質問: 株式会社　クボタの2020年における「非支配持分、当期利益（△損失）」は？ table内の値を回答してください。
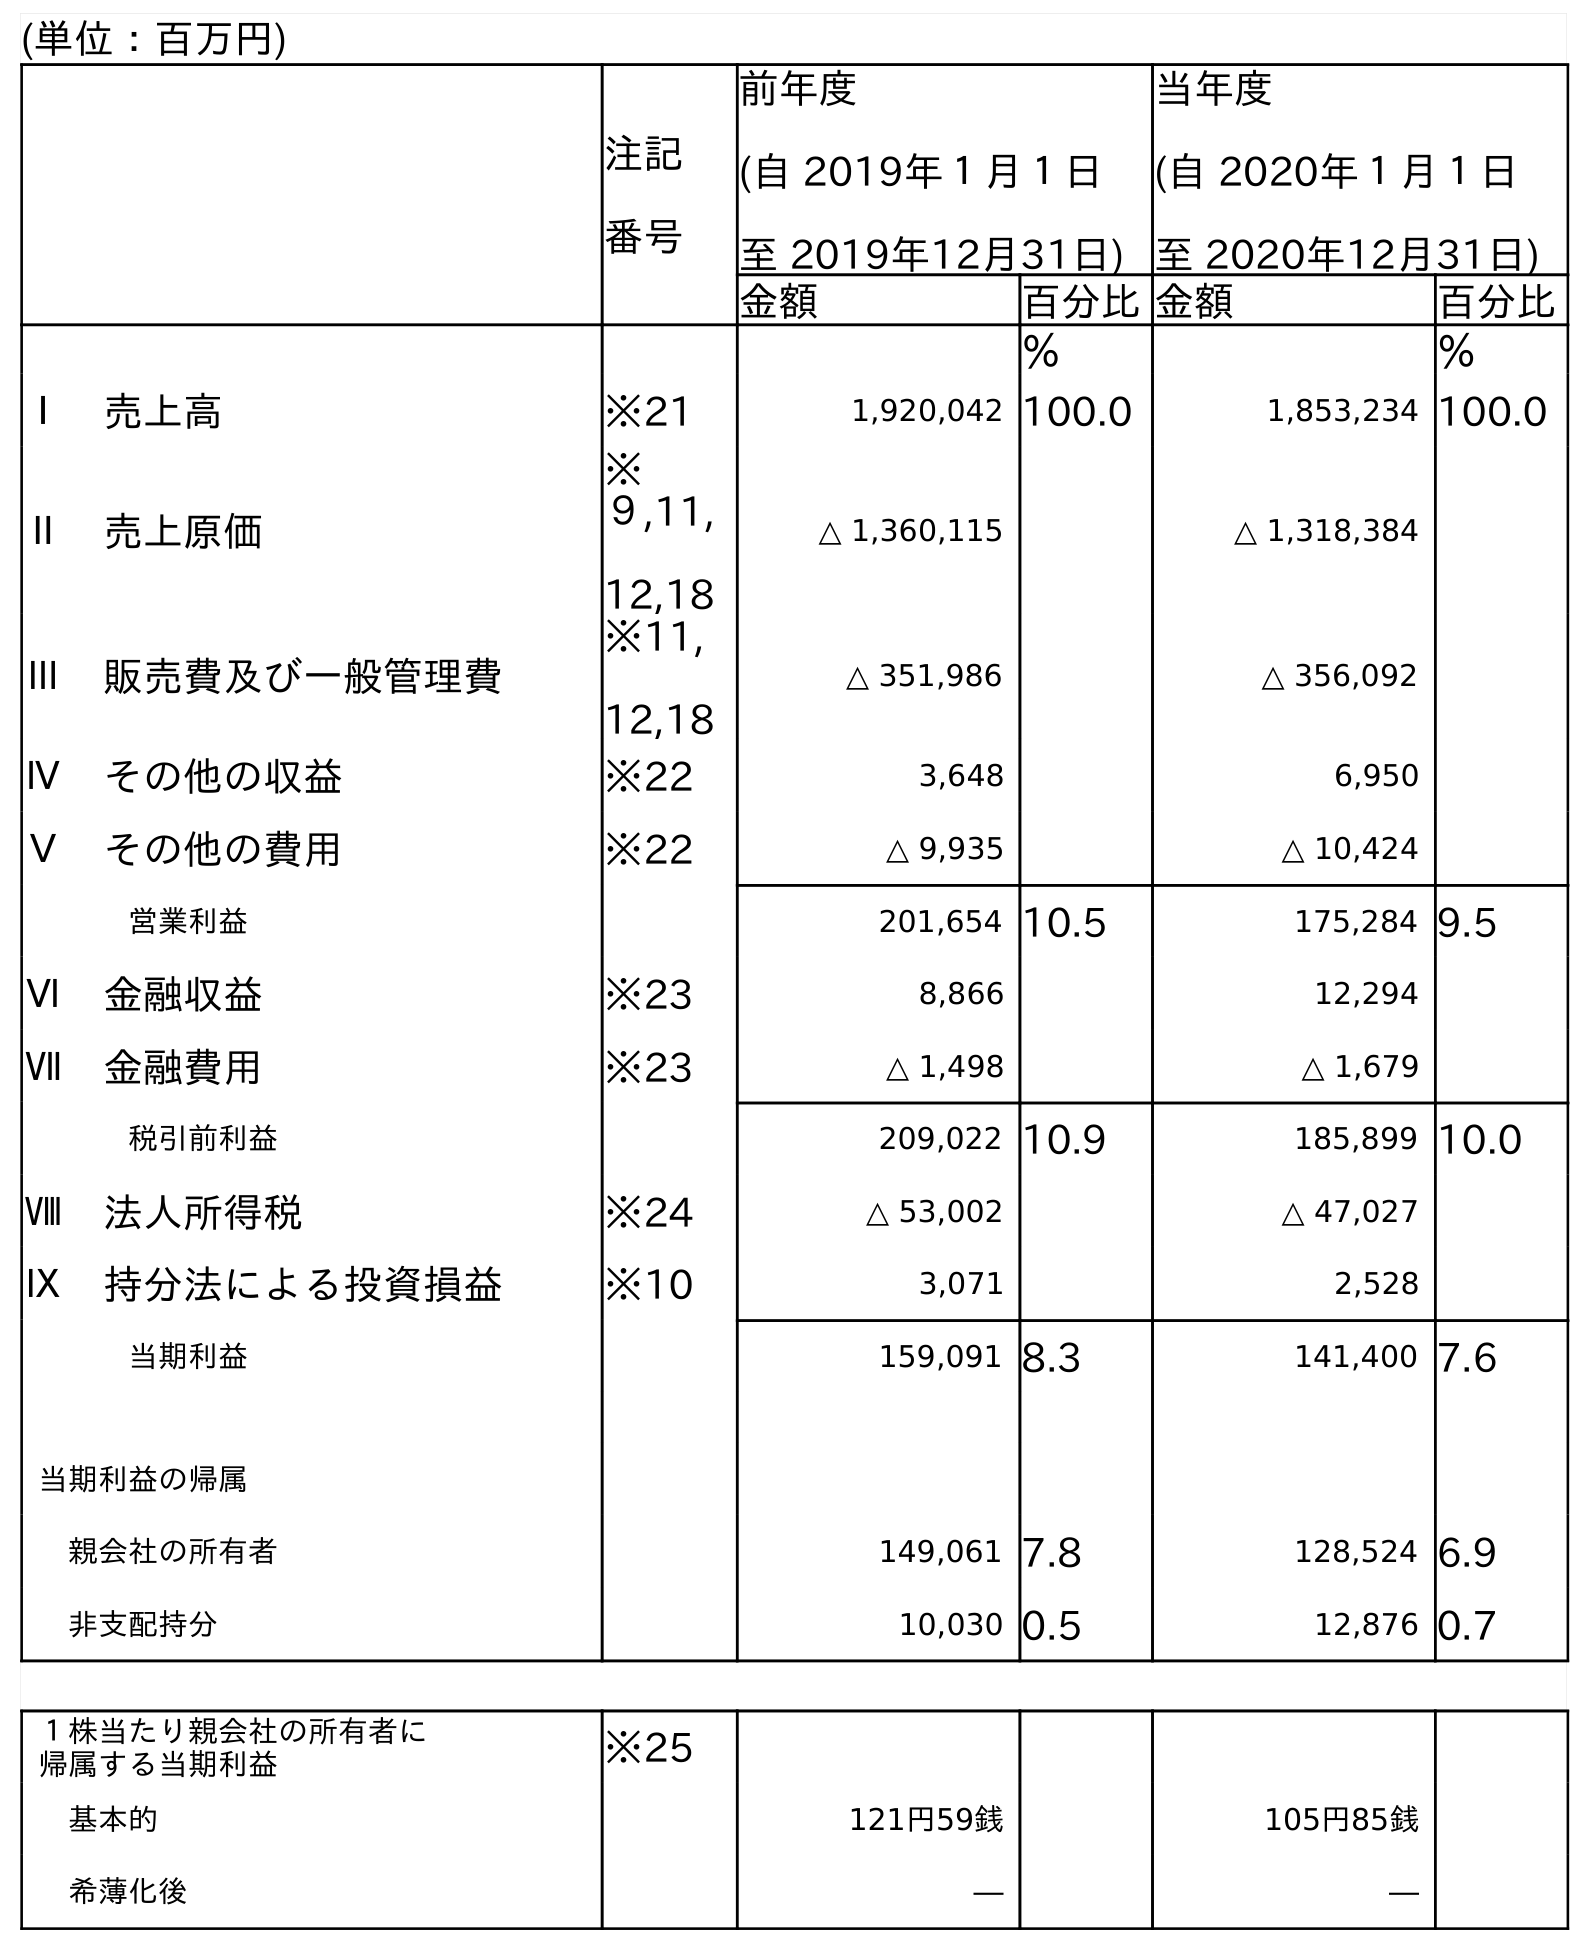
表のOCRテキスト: (単位：百万円) 注記 番号 前年度 (自 2019年１月１日 至 2019年12月31日) 当年度 (自 2020年１月１日 至 2020年12月31日) 金額 百分比金額 百分比 ％ ％ Ⅰ 売上高 ※21 1,920,042 100.0 1,853,234 100.0 Ⅱ 売上原価 ※ ９,11, 12,18 △ 1,360,115 △ 1,318,384 Ⅲ 販売費及び一般管理費 ※11, 12,18 △ 351,986 △ 356,092 Ⅳ その他の収益 ※22 3,648 6,950 Ⅴ その他の費用 ※22 △ 9,935 △ 10,424 営業利益 201,654 10.5 175,284 9.5 Ⅵ 金融収益 ※23 8,866 12,294 Ⅶ 金融費用 ※23 △ 1,498 △ 1,679 税引前利益 209,022 10.9 185,899 10.0 Ⅷ 法人所得税 ※24 △ 53,002 △ 47,027 Ⅸ 持分法による投資損益 ※10 3,071 2,528 当期利益 159,091 8.3 141,400 7.6 当期利益の帰属 親会社の所有者 149,061 7.8 128,524 6.9 非支配持分 10,030 0.5 12,876 0.7 １株当たり親会社の所有者に 帰属する当期利益 ※25 基本的 121円59銭 105円85銭 希薄化後 ― ―
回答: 12,876